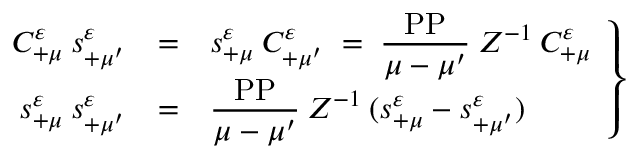
\left. \begin{array} { r c l } { { C _ { + \mu } ^ { \varepsilon } \: s _ { + \mu ^ { \prime } } ^ { \varepsilon } } } & { { = } } & { { s _ { + \mu } ^ { \varepsilon } \: C _ { + \mu ^ { \prime } } ^ { \varepsilon } \; = \; \displaystyle \frac { \mathrm { P P } } { \mu - \mu ^ { \prime } } \: Z ^ { - 1 } \: C _ { + \mu } ^ { \varepsilon } } } \\ { { s _ { + \mu } ^ { \varepsilon } \: s _ { + \mu ^ { \prime } } ^ { \varepsilon } } } & { { = } } & { { \displaystyle \frac { \mathrm { P P } } { \mu - \mu ^ { \prime } } \: Z ^ { - 1 } \: ( s _ { + \mu } ^ { \varepsilon } - s _ { + \mu ^ { \prime } } ^ { \varepsilon } ) } } \end{array} \right\}